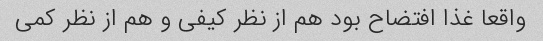
واقعا غذا افتضاح بود هم از نظر کیفی و هم از نظر کمی